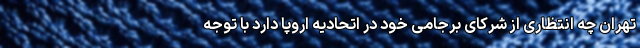
تهران چه انتظاری از شرکای برجامی خود در اتحادیه اروپا دارد با توجه